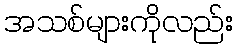
အသစ်များကိုလည်း